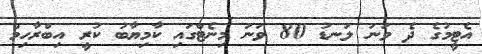
އެޓީމުގެ ދެ ވަނަ ލަނޑު 80 ވަނަ މިނެޓްގައި ކާމިޔާބު ކުރީ އިބްރާހިމް